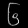
Digit: ၆